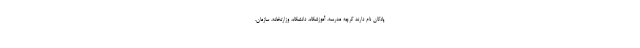
پادگان نام دارند گرچه مدرسه، آموزشگاه، دانشگاه، وزارتخانه، سازمان،